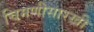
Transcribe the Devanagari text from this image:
चिमणीसारखी